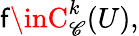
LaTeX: \mathsf{f}\inC_{\mathscr{C}}^{k}(U),